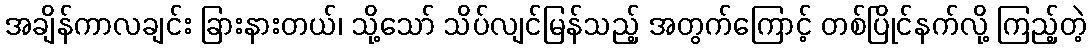
အချိန်ကာလချင်း ခြားနားတယ်၊ သို့သော် သိပ်လျင်မြန်သည့် အတွက်ကြောင့် တစ်ပြိုင်နက်လို့ ကြည့်တဲ့